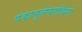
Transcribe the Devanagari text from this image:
पंकानुलेपरुचिरो